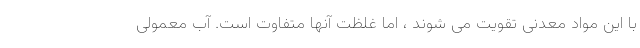
با این مواد معدنی تقویت می شوند ، اما غلظت آنها متفاوت است. آب معمولی